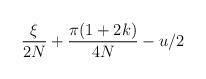
LaTeX: \begin{align*}\frac{\xi}{2N} + \frac{ \pi (1+2k) }{4N} -u/2\end{align*}